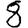
Digit: 8